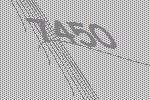
7450